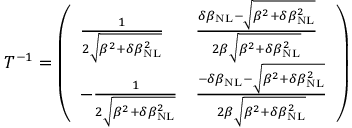
\begin{array} { r } { T ^ { - 1 } = \left( \begin{array} { l l } { \frac { 1 } { 2 \sqrt { \beta ^ { 2 } + \delta \beta _ { \mathrm { N L } } ^ { 2 } } } } & { \frac { \delta \beta _ { \mathrm { N L } } - \sqrt { \beta ^ { 2 } + \delta \beta _ { \mathrm { N L } } ^ { 2 } } } { 2 \beta \sqrt { \beta ^ { 2 } + \delta \beta _ { \mathrm { N L } } ^ { 2 } } } } \\ { - \frac { 1 } { 2 \sqrt { \beta ^ { 2 } + \delta \beta _ { \mathrm { N L } } ^ { 2 } } } } & { \frac { - \delta \beta _ { \mathrm { N L } } - \sqrt { \beta ^ { 2 } + \delta \beta _ { \mathrm { N L } } ^ { 2 } } } { 2 \beta \sqrt { \beta ^ { 2 } + \delta \beta _ { \mathrm { N L } } ^ { 2 } } } } \end{array} \right) } \end{array}